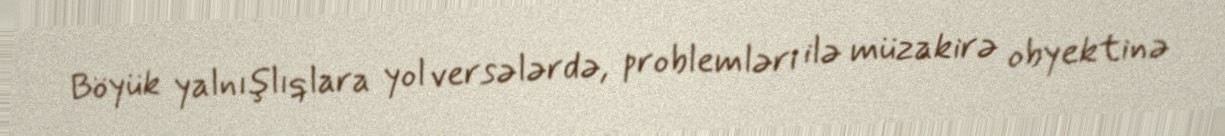
Böyük yalnışlıqlara yol versələrdə, problemləri ilə müzakirə obyektinə